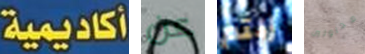
أكاديمية عن زلتم محاولين